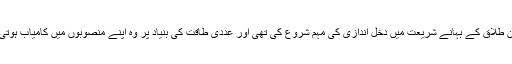
مرکزی سرکار نے تین طلاق کے بہانے شریعت میں دخل اندازی کی مہم شروع کی تھی اور عددی طاقت کی بنیاد پر وہ اپنے منصوبوں میں کامیاب ہوتی دکھائی دے رہی ہے۔